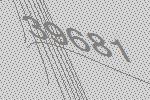
39681